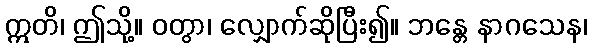
ဣတိ၊ ဤသို့။ ဝတွာ၊ လျှောက်ဆိုပြီး၍။ ဘန္တေ နာဂသေန၊